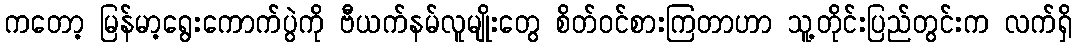
ကတော့ မြန်မာ့ရွေးကောက်ပွဲကို ဗီယက်နမ်လူမျိုးတွေ စိတ်ဝင်စားကြတာဟာ သူ့တိုင်းပြည်တွင်းက လက်ရှိ